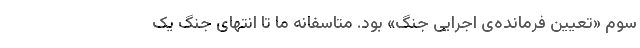
سوم «تعیین فرمانده‌ی اجرایی جنگ» بود. متاسفانه ما تا انتهای جنگ یک